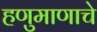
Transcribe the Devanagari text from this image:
हणुमाणाचे